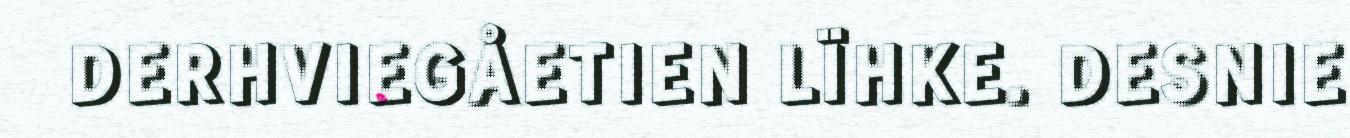
DERHVIEGÅETIEN LÏHKE. DESNIE